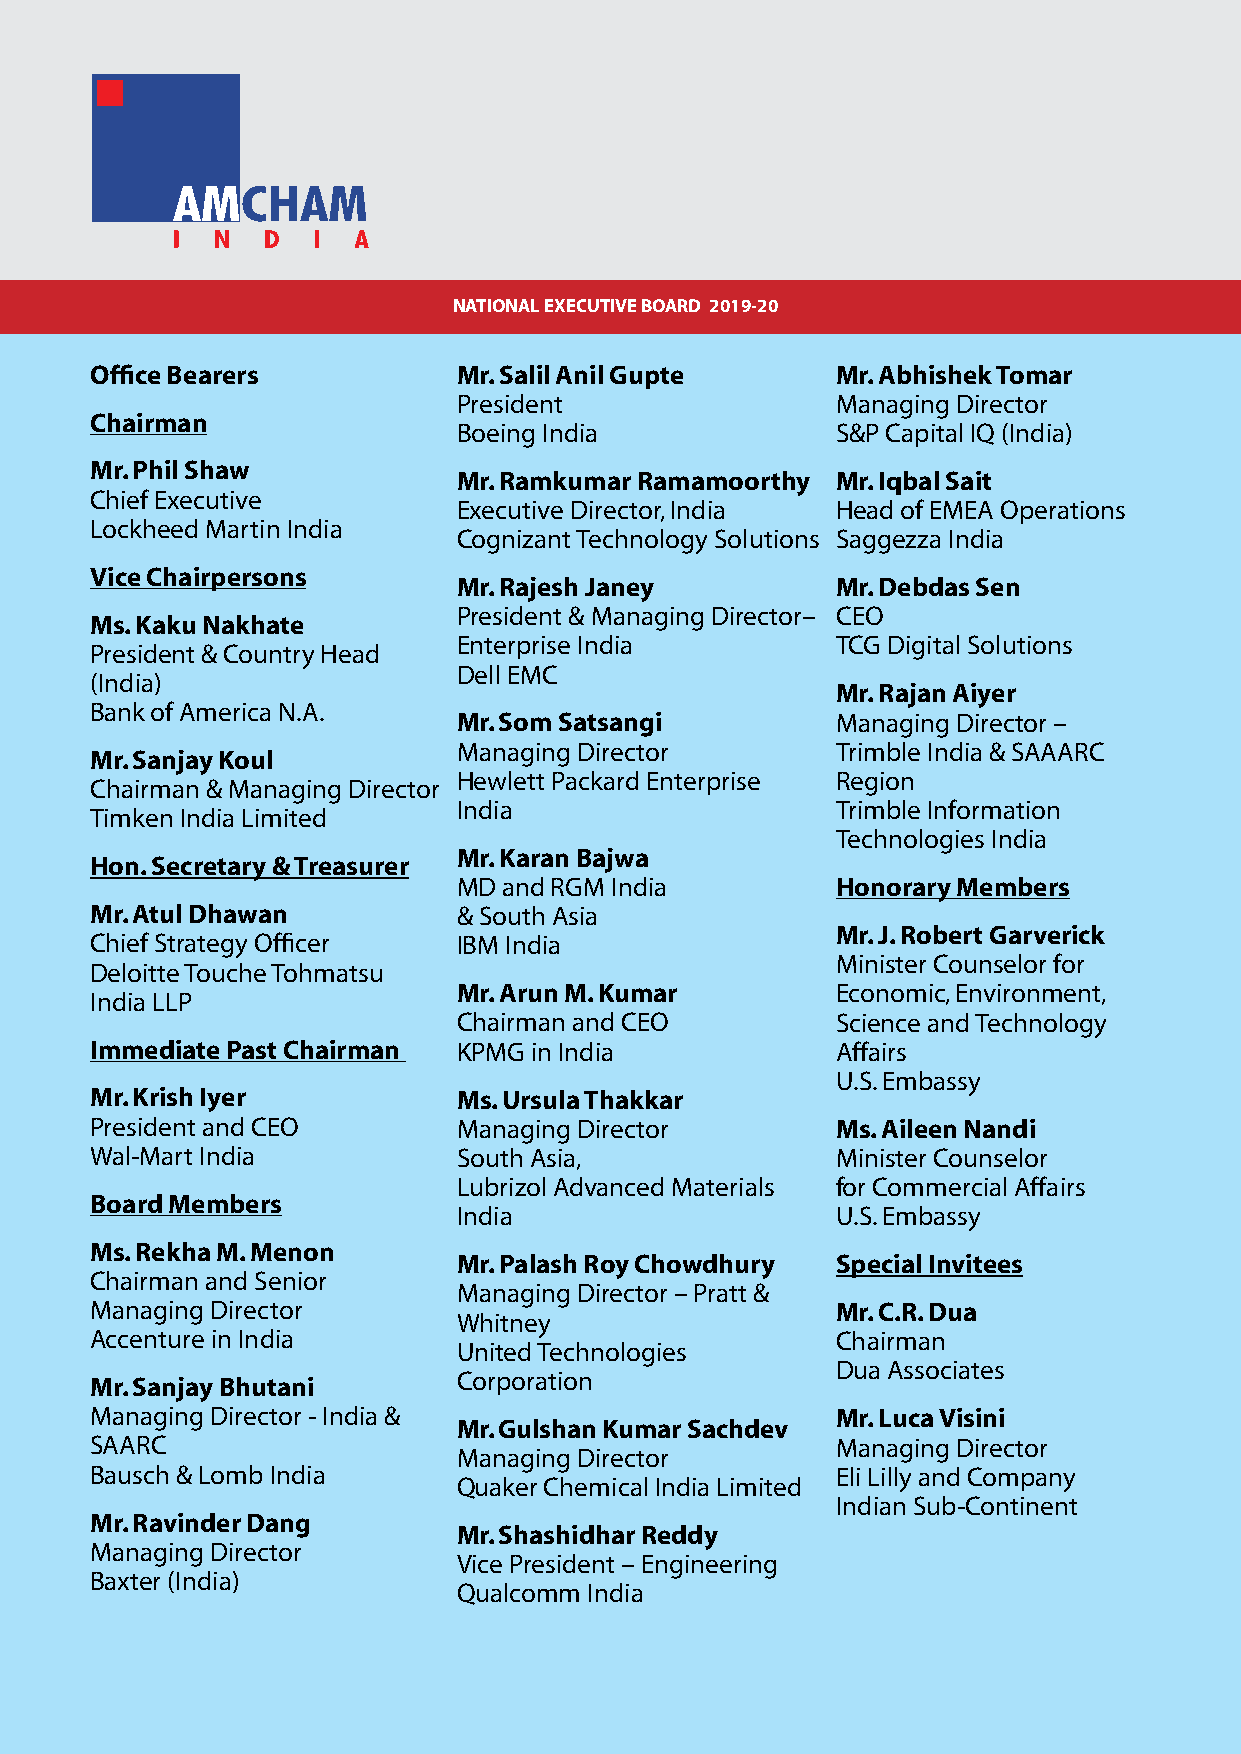
NATIONAL EXECUTIVE BOARD 2019-20
 Office Bearers          Mr. Salil Anil Gupte     Mr. Abhishek Tomar
 President                Managing Director
 Chairman
 Boeing India             S&P Capital IQ (India)
 Mr. Phil Shaw
 Mr. Ramkumar Ramamoorthy Mr. Iqbal Sait
 Chief Executive
 Executive Director, India Head of EMEA Operations
 Lockheed Martin India
 Cognizant Technology Solutions Saggezza India
 Vice Chairpersons
 Mr. Rajesh Janey         Mr. Debdas Sen
 President & Managing Director– CEO
 Ms. Kaku Nakhate
 Enterprise India         TCG Digital Solutions
 President & Country Head
 Dell EMC
 (India)
 Mr. Rajan Aiyer
 Bank of America N.A.
 Mr. Som Satsangi         Managing Director –
 Managing Director        Trimble India & SAAARC
 Mr. Sanjay Koul
 Hewlett Packard Enterprise Region
 Chairman & Managing Director
 India                    Trimble Information
 Timken India Limited
 Technologies India
 Mr. Karan Bajwa
 Hon. Secretary & Treasurer
 MD and RGM India         Honorary Members
 Mr. Atul Dhawan         & South Asia
 Mr. J. Robert Garverick
 Chief Strategy Officer  IBM India
 Minister Counselor for
 Deloitte Touche Tohmatsu
 Mr. Arun M. Kumar        Economic, Environment,
 India LLP
 Chairman and CEO         Science and Technology
 Immediate Past Chairman KPMG in India            Affairs
 U.S. Embassy
 Mr. Krish Iyer          Ms. Ursula Thakkar
 President and CEO       Managing Director        Ms. Aileen Nandi
 Wal-Mart India          South Asia,              Minister Counselor
 Lubrizol Advanced Materials for Commercial Affairs
 Board Members
 India                    U.S. Embassy
 Ms. Rekha M. Menon
 Mr. Palash Roy Chowdhury Special Invitees
 Chairman and Senior
 Managing Director – Pratt &
 Managing Director                                Mr. C.R. Dua
 Whitney
 Accenture in India                               Chairman
 United Technologies
 Dua Associates
 Mr. Sanjay Bhutani      Corporation
 Managing Director - India &                      Mr. Luca Visini
 Mr. Gulshan Kumar Sachdev
 SAARC                                            Managing Director
 Managing Director
 Bausch & Lomb India                              Eli Lilly and Company
 Quaker Chemical India Limited
 Indian Sub-Continent
 Mr. Ravinder Dang
 Mr. Shashidhar Reddy
 Managing Director
 Vice President – Engineering
 Baxter (India)
 Qualcomm India